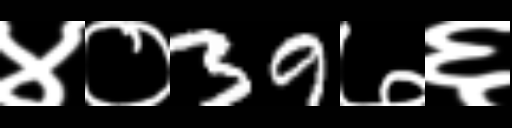
Text: ४०39७६